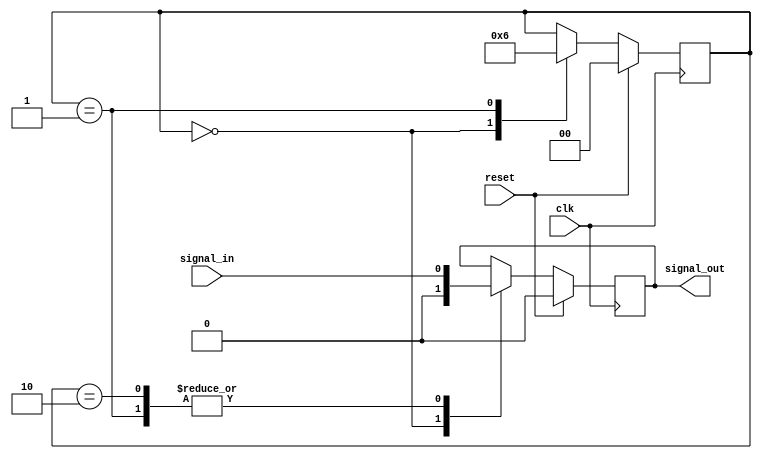
module Synchronizer_with_reset(
    input wire clk,
    input wire reset,
    input wire signal_in,
    output reg signal_out
);

reg [1:0] sync_state;

always @(posedge clk) begin
    if (reset) begin
        sync_state <= 2'b00;
        signal_out <= 1'b0;
    end else begin
        case (sync_state)
            2'b00: begin // State 0 - First flop
                signal_out <= 1'b0;
                sync_state <= 2'b01;
            end
            2'b01: begin // State 1 - Second flop
                signal_out <= signal_in;
                sync_state <= 2'b10;
            end
            2'b10: begin // State 2 - Output valid
                signal_out <= signal_in;
            end
        endcase
    end
end

endmodule